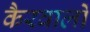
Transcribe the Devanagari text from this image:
कैरवालों